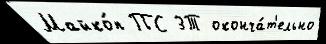
Майко́п ПС 3Т оконча́т'ельно